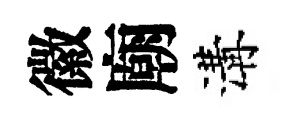
徽廟溝